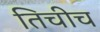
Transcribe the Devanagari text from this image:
तिचीच